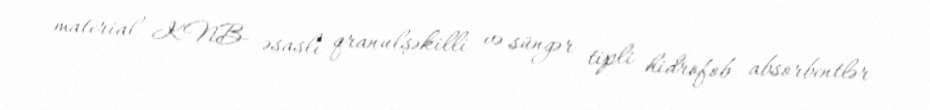
material- KNB- əsaslı qranulşəkilli və süngər tipli hidrofob absorbentlər